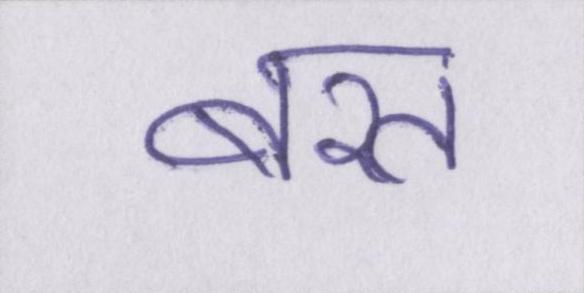
बरत